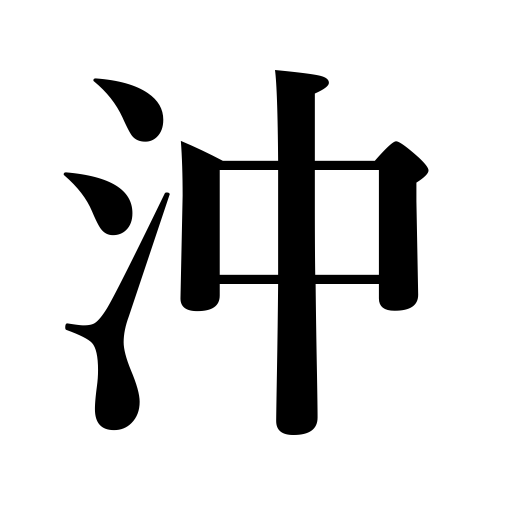
Meanings: open sea,offing